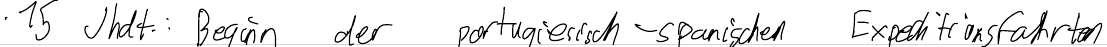
- 15 Jhdt.: Beginn der portugiesisch-spanischen Expeditionsfahrten